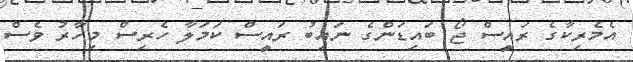
އެމެރިކާގެ ރައީސް ޖޯ ބައިޑަންގެ ނައިބު ރައީސް ކަމަލާ ހެރިސް މިހާރު ވެސް